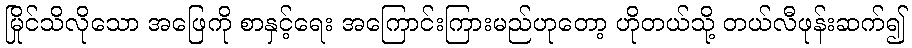
မြိုင်သိလိုသော အဖြေကို စာနှင့်ရေး အကြောင်းကြားမည်ဟုတော့ ဟိုတယ်သို့ တယ်လီဖုန်းဆက်၍